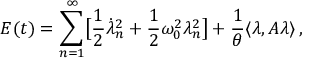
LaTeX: E ( t ) = \sum _ { n = 1 } ^ { \infty } \bigl [ \frac 1 2 \dot { \lambda } _ { n } ^ { 2 } + \frac 1 2 \omega _ { 0 } ^ { 2 } \lambda _ { n } ^ { 2 } \bigr ] + \frac 1 \theta \langle \lambda , A \lambda \rangle \, ,